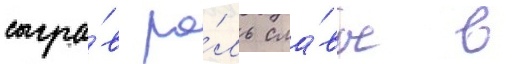
сыгра́в ро́ль сла́вы в